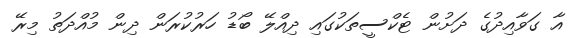
އާ ގަވާއިދުގެ ދަށުން ޓެކްސީތަކުގައި ދިއްލޭ ބޯޑު ހަރުކުރަން ދިން މުއްދަތު މިރޭ